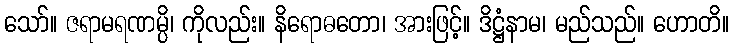
သော်။ ဇရာမရဏမ္ပိ၊ ကိုလည်း။ နိရောဓတော၊ အားဖြင့်။ ဒိဋ္ဌံနာမ၊ မည်သည်။ ဟောတိ။